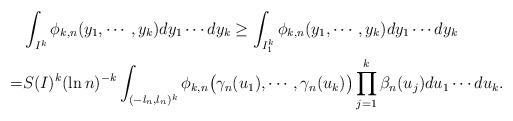
LaTeX: \begin{align*}&\int_{I^k}\phi_{k,n}(y_1,\cdots,y_k)dy_1\cdots dy_k\geq \int_{I_1^k}\phi_{k,n}(y_1,\cdots,y_k)dy_1\cdots dy_k \\ =& S(I)^k(\ln n)^{-k}\int_{(-l_n,l_n)^k}\phi_{k,n}\big(\gamma_n(u_1),\cdots,\gamma_n(u_k)\big)\prod_{j=1}^k\beta_n(u_j)du_1\cdots du_k.\end{align*}